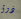
ذوق